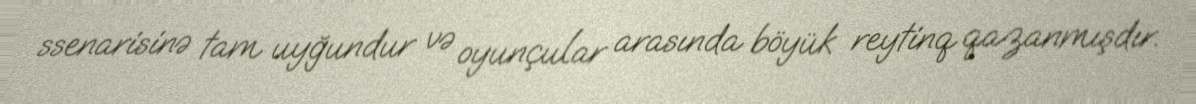
ssenarisinə tam uyğundur və oyunçular arasında böyük reytinq qazanmışdır.